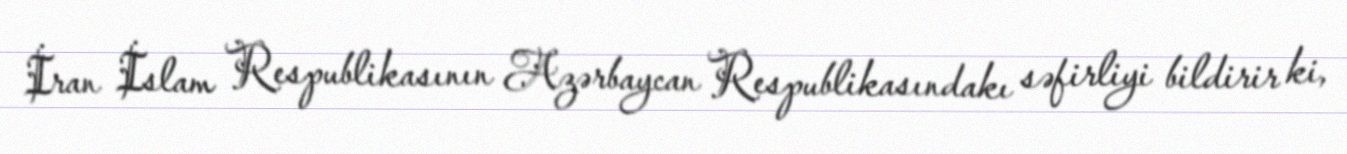
İran İslam Respublikasının Azərbaycan Respublikasındakı səfirliyi bildirir ki,